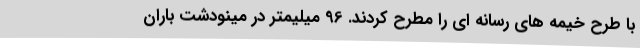
با طرح خیمه های رسانه ای را مطرح کردند. 96 میلیمتر در مینودشت باران